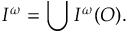
{ \cal I } ^ { \omega } = \bigcup { \cal I } ^ { \omega } ( { \cal O } ) .